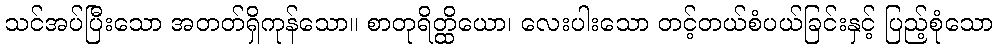
သင်အပ်ပြီးသော အတတ်ရှိကုန်သော။ စာတုရိတ္ထိယော၊ လေးပါးသော တင့်တယ်စံပယ်ခြင်းနှင့် ပြည့်စုံသော